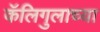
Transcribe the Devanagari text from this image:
कॅलिगुलाच्या